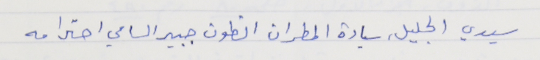
سيدي الجليل, سيادة المطران انطون جبير السامي احترامه